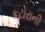
કટોરાની